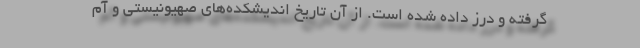
گرفته و درز داده شده است. از آن تاریخ اندیشکده‌های صهیونیستی و آم